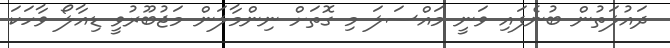
ދައުލަތުން ބުނެފައި ވަނީ މައްސަލަ މި ގޮތަށް ނިންމާލަން މަޖުބޫރުވީ ޑިއާލޯ ވާހަކަ